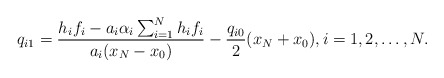
\begin{align*}q_{i1}= \frac{h_i f_i -a_i \alpha_i \sum_{i=1}^N h_i f_i}{a_i (x_N-x_0)}-\frac{q_{i0}}{2}(x_N+x_0), i=1,2,\dots, N.\end{align*}